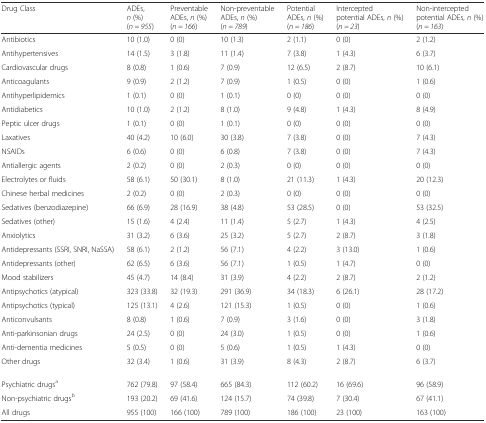
<table><thead><tr><td><b>Drug Class</b></td><td><b>ADEs, <i>n</i> (%)(<i>n = 955</i>)</b></td><td><b>Preventable ADEs, <i>n</i> (%)(<i>n = 166</i>)</b></td><td><b>Non-preventable ADEs, <i>n</i> (%)(<i>n = 789</i>)</b></td><td><b>Potential ADEs, <i>n</i> (%)(<i>n = 186</i>)</b></td><td><b>Intercepted potential ADEs, <i>n</i> (%)(<i>n = 23</i>)</b></td><td><b>Non-intercepted potential ADEs, <i>n</i> (%) (<i>n = 163</i>)</b></td></tr></thead><tbody><tr><td>Antibiotics</td><td>10 (1.0)</td><td>0 (0)</td><td>10 (1.3)</td><td>2 (1.1)</td><td>0 (0)</td><td>2 (1.2)</td></tr><tr><td>Antihypertensives</td><td>14 (1.5)</td><td>3 (1.8)</td><td>11 (1.4)</td><td>7 (3.8)</td><td>1 (4.3)</td><td>6 (3.7)</td></tr><tr><td>Cardiovascular drugs</td><td>8 (0.8)</td><td>1 (0.6)</td><td>7 (0.9)</td><td>12 (6.5)</td><td>2 (8.7)</td><td>10 (6.1)</td></tr><tr><td>Anticoagulants</td><td>9 (0.9)</td><td>2 (1.2)</td><td>7 (0.9)</td><td>1 (0.5)</td><td>0 (0)</td><td>1 (0.6)</td></tr><tr><td>Antihyperlipidemics</td><td>1 (0.1)</td><td>0 (0)</td><td>1 (0.1)</td><td>0 (0)</td><td>0 (0)</td><td>0 (0)</td></tr><tr><td>Antidiabetics</td><td>10 (1.0)</td><td>2 (1.2)</td><td>8 (1.0)</td><td>9 (4.8)</td><td>1 (4.3)</td><td>8 (4.9)</td></tr><tr><td>Peptic ulcer drugs</td><td>1 (0.1)</td><td>0 (0)</td><td>1 (0.1)</td><td>0 (0)</td><td>0 (0)</td><td>0 (0)</td></tr><tr><td>Laxatives</td><td>40 (4.2)</td><td>10 (6.0)</td><td>30 (3.8)</td><td>7 (3.8)</td><td>0 (0)</td><td>7 (4.3)</td></tr><tr><td>NSAIDs</td><td>6 (0.6)</td><td>0 (0)</td><td>6 (0.8)</td><td>7 (3.8)</td><td>0 (0)</td><td>7 (4.3)</td></tr><tr><td>Antiallergic agents</td><td>2 (0.2)</td><td>0 (0)</td><td>2 (0.3)</td><td>0 (0)</td><td>0 (0)</td><td>0 (0)</td></tr><tr><td>Electrolytes or fluids</td><td>58 (6.1)</td><td>50 (30.1)</td><td>8 (1.0)</td><td>21 (11.3)</td><td>1 (4.3)</td><td>20 (12.3)</td></tr><tr><td>Chinese herbal medicines</td><td>2 (0.2)</td><td>0 (0)</td><td>2 (0.3)</td><td>0 (0)</td><td>0 (0)</td><td>0 (0)</td></tr><tr><td>Sedatives (benzodiazepine)</td><td>66 (6.9)</td><td>28 (16.9)</td><td>38 (4.8)</td><td>53 (28.5)</td><td>0 (0)</td><td>53 (32.5)</td></tr><tr><td>Sedatives (other)</td><td>15 (1.6)</td><td>4 (2.4)</td><td>11 (1.4)</td><td>5 (2.7)</td><td>1 (4.3)</td><td>4 (2.5)</td></tr><tr><td>Anxiolytics</td><td>31 (3.2)</td><td>6 (3.6)</td><td>25 (3.2)</td><td>5 (2.7)</td><td>2 (8.7)</td><td>3 (1.8)</td></tr><tr><td>Antidepressants (SSRI, SNRI, NaSSA)</td><td>58 (6.1)</td><td>2 (1.2)</td><td>56 (7.1)</td><td>4 (2.2)</td><td>3 (13.0)</td><td>1 (0.6)</td></tr><tr><td>Antidepressants (other)</td><td>62 (6.5)</td><td>6 (3.6)</td><td>56 (7.1)</td><td>1 (0.5)</td><td>1 (4.7)</td><td>0 (0)</td></tr><tr><td>Mood stabilizers</td><td>45 (4.7)</td><td>14 (8.4)</td><td>31 (3.9)</td><td>4 (2.2)</td><td>2 (8.7)</td><td>2 (1.2)</td></tr><tr><td>Antipsychotics (atypical)</td><td>323 (33.8)</td><td>32 (19.3)</td><td>291 (36.9)</td><td>34 (18.3)</td><td>6 (26.1)</td><td>28 (17.2)</td></tr><tr><td>Antipsychotics (typical)</td><td>125 (13.1)</td><td>4 (2.6)</td><td>121 (15.3)</td><td>1 (0.5)</td><td>0 (0)</td><td>1 (0.6)</td></tr><tr><td>Anticonvulsants</td><td>8 (0.8)</td><td>1 (0.6)</td><td>7 (0.9)</td><td>3 (1.6)</td><td>0 (0)</td><td>3 (1.8)</td></tr><tr><td>Anti-parkinsonian drugs</td><td>24 (2.5)</td><td>0 (0)</td><td>24 (3.0)</td><td>1 (0.5)</td><td>0 (0)</td><td>1 (0.6)</td></tr><tr><td>Anti-dementia medicines</td><td>5 (0.5)</td><td>0 (0)</td><td>5 (0.6)</td><td>1 (0.5)</td><td>1 (4.3)</td><td>0 (0)</td></tr><tr><td>Other drugs</td><td>32 (3.4)</td><td>1 (0.6)</td><td>31 (3.9)</td><td>8 (4.3)</td><td>2 (8.7)</td><td>6 (3.7)</td></tr><tr><td>Psychiatric drugs<sup>a</sup></td><td>762 (79.8)</td><td>97 (58.4)</td><td>665 (84.3)</td><td>112 (60.2)</td><td>16 (69.6)</td><td>96 (58.9)</td></tr><tr><td>Non-psychiatric drugs<sup>b</sup></td><td>193 (20.2)</td><td>69 (41.6)</td><td>124 (15.7)</td><td>74 (39.8)</td><td>7 (30.4)</td><td>67 (41.1)</td></tr><tr><td>All drugs</td><td>955 (100)</td><td>166 (100)</td><td>789 (100)</td><td>186 (100)</td><td>23 (100)</td><td>163 (100)</td></tr></tbody></table>